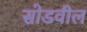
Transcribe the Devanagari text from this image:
सोडवील